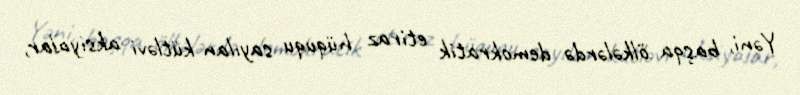
Yəni, başqa ölkələrdə demokratik etiraz hüququ sayılan kütləvi aksiyalar,